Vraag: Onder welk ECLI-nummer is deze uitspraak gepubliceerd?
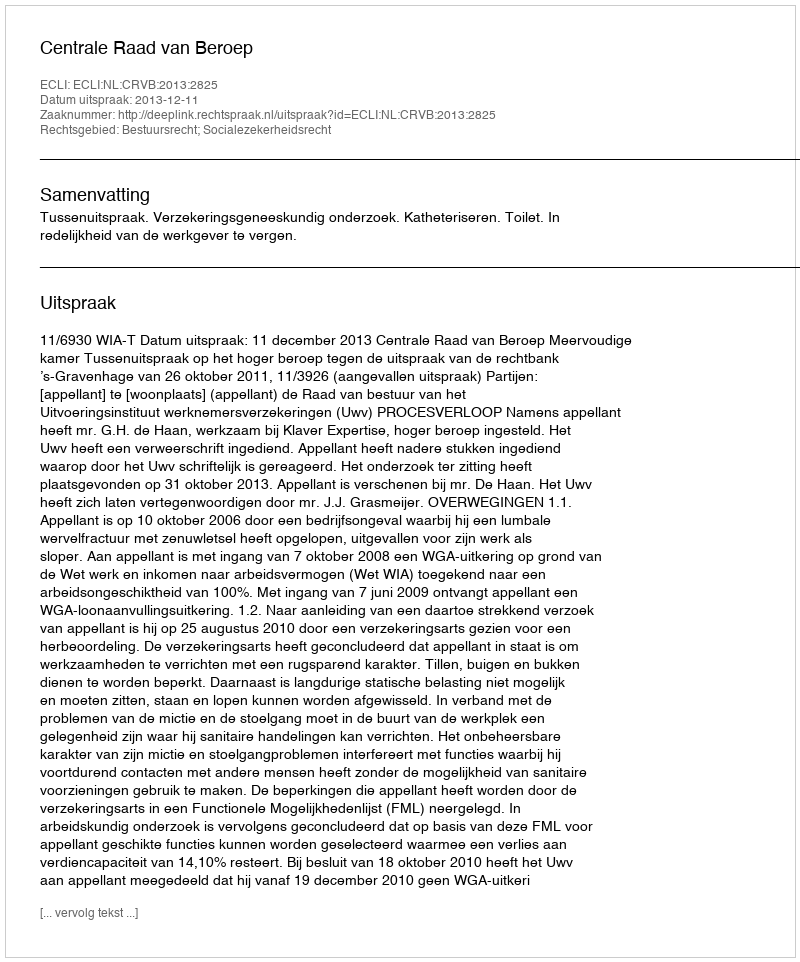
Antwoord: ECLI:NL:CRVB:2013:2825